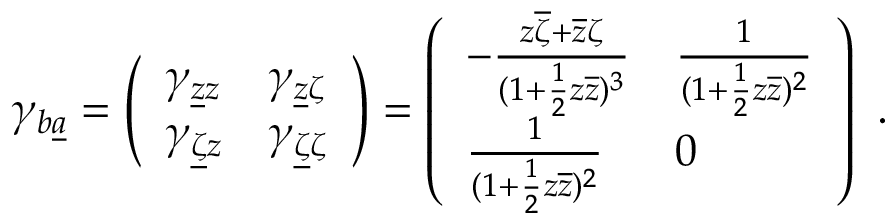
\gamma _ { b \underline { { a } } } = \left( \begin{array} { l l } { { \gamma _ { \underline { { z } } z } } } & { { \gamma _ { \underline { { z } } \zeta } } } \\ { { \gamma _ { \underline { { \zeta } } z } } } & { { \gamma _ { \underline { { \zeta } } \zeta } } } \end{array} \right) = \left( \begin{array} { l l } { { - { \frac { z \overline { { \zeta } } + \overline { { z } } \zeta } { ( 1 + { \frac { 1 } { 2 } } z \overline { { z } } ) ^ { 3 } } } } } & { { { \frac { 1 } { ( 1 + { \frac { 1 } { 2 } } z \overline { { z } } ) ^ { 2 } } } } } \\ { { { \frac { 1 } { ( 1 + { \frac { 1 } { 2 } } z \overline { { z } } ) ^ { 2 } } } } } & { { 0 } } \end{array} \right) \ .